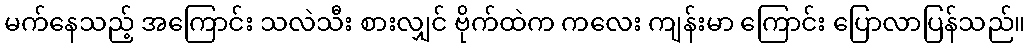
မက်နေသည့် အကြောင်း သလဲသီး စားလျှင် ဗိုက်ထဲက ကလေး ကျန်းမာ ကြောင်း ပြောလာပြန်သည်။